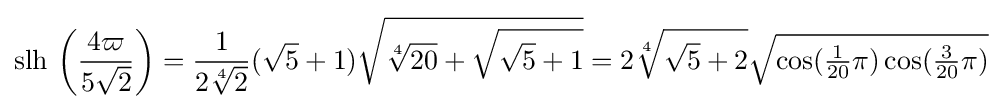
\operatorname {slh} \,\left({\frac {4\varpi }{5{\sqrt {2}}}}\right)={\frac {1}{2{\sqrt[{4}]{2}}}}({\sqrt {5}}+1){\sqrt {{\sqrt[{4}]{20}}+{\sqrt {{\sqrt {5}}+1}}}}=2{\sqrt[{4}]{{\sqrt {5}}+2}}{\sqrt {\cos({\tfrac {1}{20}}\pi )\cos({\tfrac {3}{20}}\pi )}}